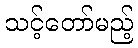
သင့်တော်မည့်